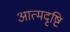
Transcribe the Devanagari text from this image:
आत्मदृष्टि